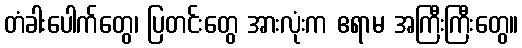
တံခါးပေါက်တွေ၊ ပြတင်းတွေ အားလုံးက ဧရာမ အကြီးကြီးတွေ။